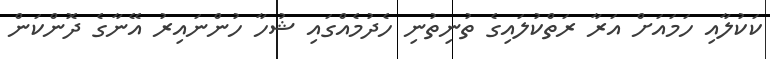
ކަކުލާއި ހަމައަށް އަރާ ރަތްކުލައިގެ ތުނިތުނި ހެދުމެއްގައި ޝުހާ ހުންނައިރު އޭނާގެ ދޮންކަން